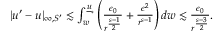
\begin{array} { r } { | u ^ { \prime } - u | _ { \infty , S ^ { \prime } } \lesssim \int _ { w } ^ { { \underline { { u } } } _ { * } } \left( \frac { \epsilon _ { 0 } } { { r } ^ { \frac { s - 1 } { 2 } } } + \frac { \epsilon ^ { 2 } } { r ^ { s - 1 } } \right) d w \lesssim \frac { \epsilon _ { 0 } } { { r } ^ { \frac { s - 3 } { 2 } } } . } \end{array}